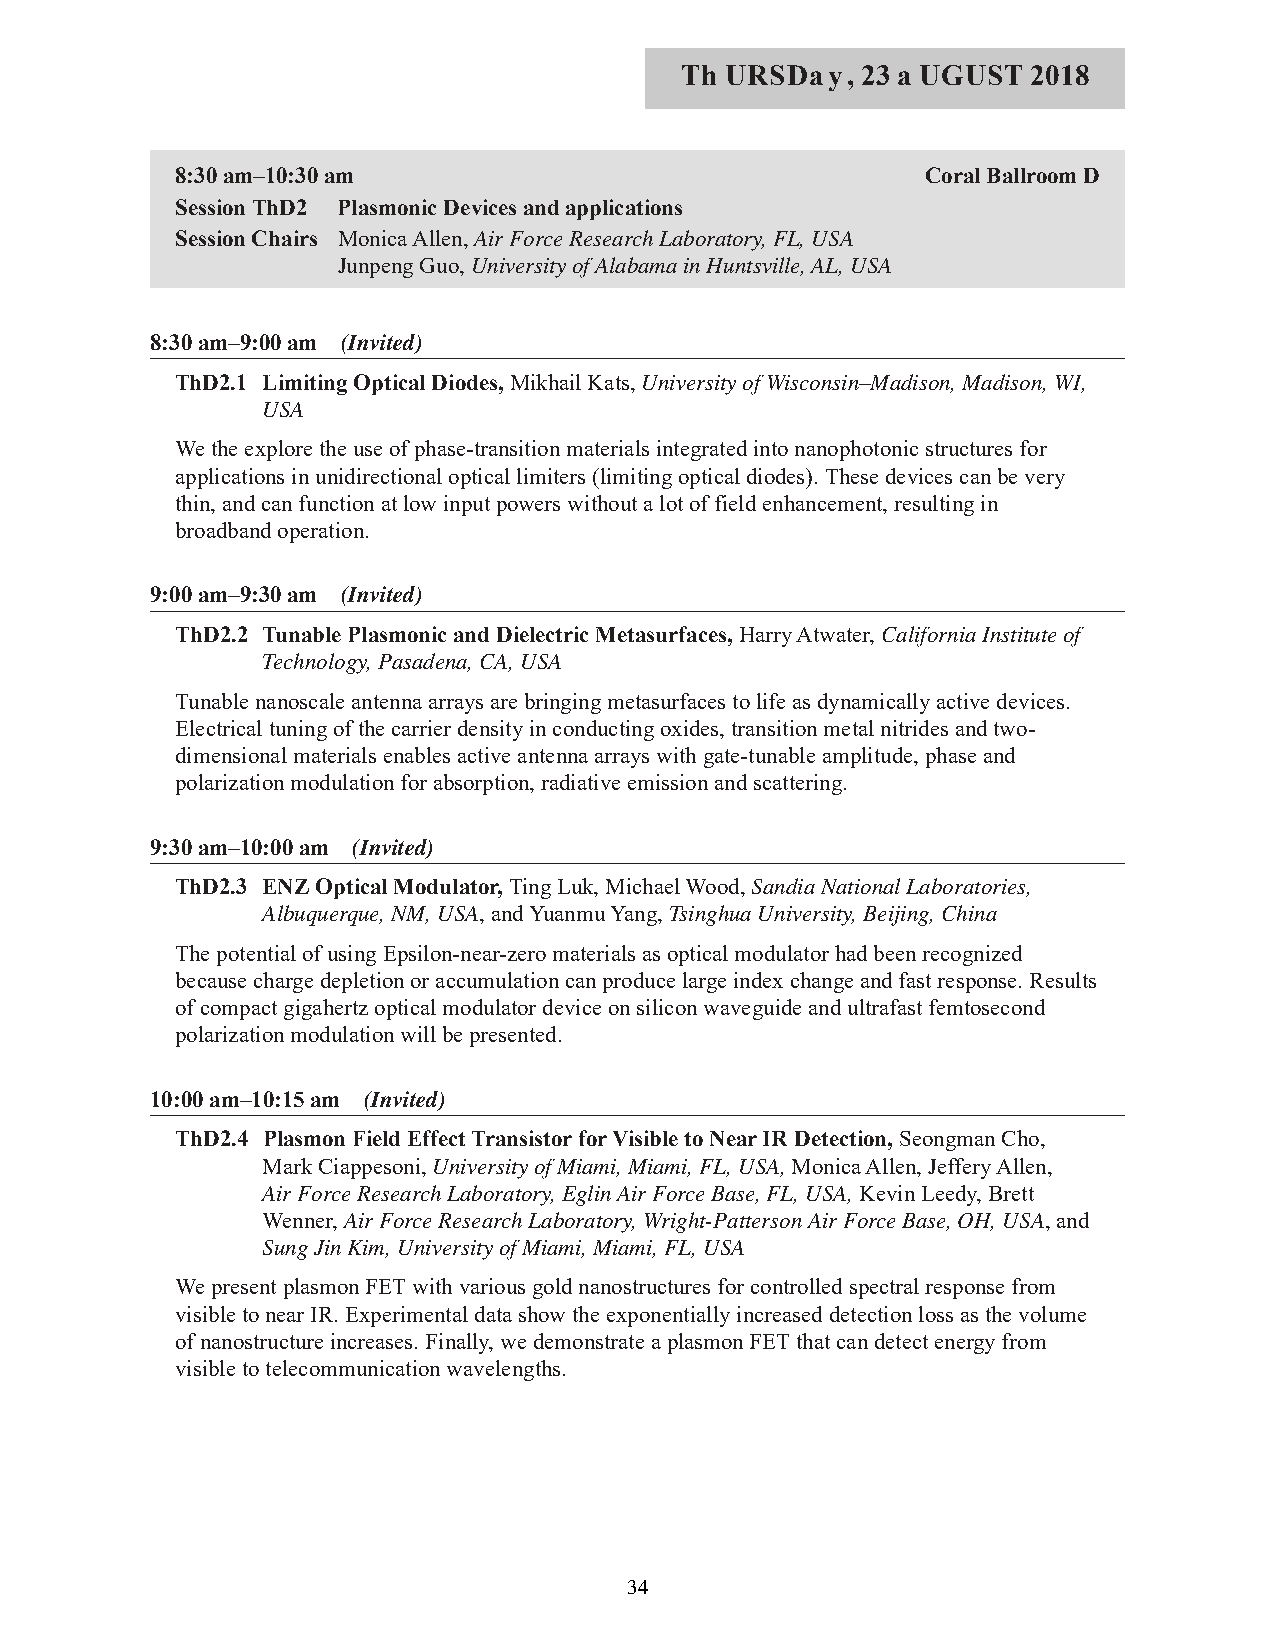
Th URSDay,  23 a UGUST 2018
 8:30 am–10:30 am                                 Coral Ballroom D
 Session ThD2 Plasmonic Devices and applications
 Session Chairs Monica Allen, Air Force Research Laboratory, FL, USA
 Junpeng Guo, University of Alabama in Huntsville, AL, USA
 8:30 am–9:00 am (Invited)
 ThD2.1 Limiting Optical Diodes, Mikhail Kats, University of Wisconsin–Madison, Madison, WI,
 USA
 We the explore the use of phase-transition materials integrated into nanophotonic structures for
 applications in unidirectional optical limiters (limiting optical diodes). These devices can be very
 thin, and can function at low input powers without a lot of field enhancement, resulting in
 broadband operation.
 9:00 am–9:30 am (Invited)
 ThD2.2 Tunable Plasmonic and Dielectric Metasurfaces, Harry Atwater, California Institute of
 Technology, Pasadena, CA, USA
 Tunable nanoscale antenna arrays are bringing metasurfaces to life as dynamically active devices.
 Electrical tuning of the carrier density in conducting oxides, transition metal nitrides and two-
 dimensional materials enables active antenna arrays with gate-tunable amplitude, phase and
 polarization modulation for absorption, radiative emission and scattering.
 9:30 am–10:00 am (Invited)
 ThD2.3 ENZ Optical Modulator, Ting Luk, Michael Wood, Sandia National Laboratories,
 Albuquerque, NM, USA, and Yuanmu Yang, Tsinghua University, Beijing, China
 The potential of using Epsilon-near-zero materials as optical modulator had been recognized
 because charge depletion or accumulation can produce large index change and fast response. Results
 of compact gigahertz optical modulator device on silicon waveguide and ultrafast femtosecond
 polarization modulation will be presented.
 10:00 am–10:15 am (Invited)
 ThD2.4 Plasmon Field Effect Transistor for Visible to Near IR Detection, Seongman Cho,
 Mark Ciappesoni, University of Miami, Miami, FL, USA, Monica Allen, Jeffery Allen,
 Air Force Research Laboratory, Eglin Air Force Base, FL, USA, Kevin Leedy, Brett
 Wenner, Air Force Research Laboratory, Wright-Patterson Air Force Base, OH, USA, and
 Sung Jin Kim, University of Miami, Miami, FL, USA
 We present plasmon FET with various gold nanostructures for controlled spectral response from
 visible to near IR. Experimental data show the exponentially increased detection loss as the volume
 of nanostructure increases. Finally, we demonstrate a plasmon FET that can detect energy from
 visible to telecommunication wavelengths.
 34